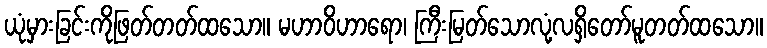
ယုံမှားခြင်းကိုဖြတ်တတ်ထသော။ မဟာဝိဟာရော၊ ကြီးမြတ်သောလုံ့လရှိတော်မူတတ်ထသော။